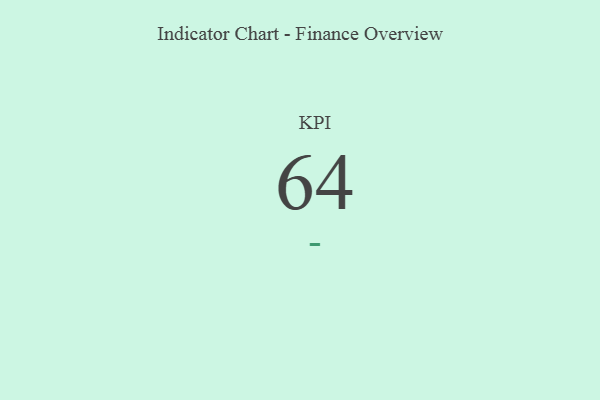
{"axis": {"x": "KPI", "y": "Value"}, "legend": [""], "data": [{"x": "KPI", "y": 64, "type": ""}]}